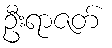
ဦးရာဇတ်